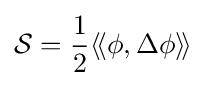
{\mathcal {S}}={\frac {1}{2}}\langle \!\langle \phi ,\Delta \phi \rangle \!\rangle